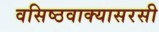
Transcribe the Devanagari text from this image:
वसिष्ठवाक्यासरसी